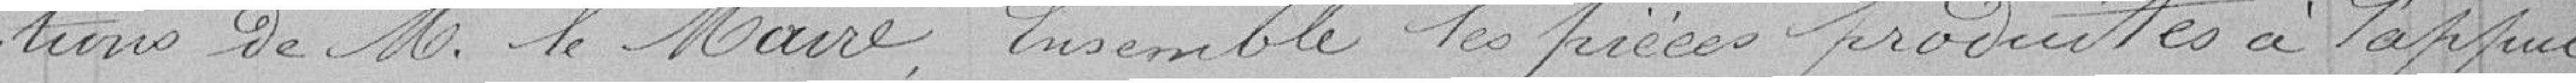
tions de M. le Maire. Ensemble les pièces produites à l'appui